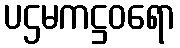
ပဌမကဋ္ဌဝရော